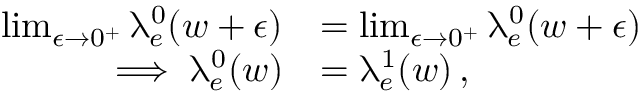
\begin{array} { r l } { \operatorname* { l i m } _ { \epsilon \rightarrow 0 ^ { + } } \uplambda _ { e } ^ { 0 } ( w + \epsilon ) } & { = \operatorname* { l i m } _ { \epsilon \rightarrow 0 ^ { + } } \uplambda _ { e } ^ { 0 } ( w + \epsilon ) } \\ { \implies \uplambda _ { e } ^ { 0 } ( w ) } & { = \uplambda _ { e } ^ { 1 } ( w ) \, , } \end{array}